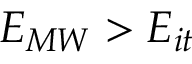
E _ { M W } > E _ { i t }